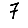
Digit: 7